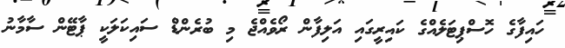
ހައިފާގެ ހޮސްޕިޓަލެއްގެ ކައިރީގައި އަލިފާން ރޯވެއްޖެ މި ބުރެންޑް ސައިކަލަކީ ޕާޓޭން ސާމާނު